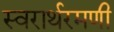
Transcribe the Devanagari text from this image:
स्वरार्थरमणी